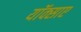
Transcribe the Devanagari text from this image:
यॉक्साए